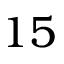
1 5